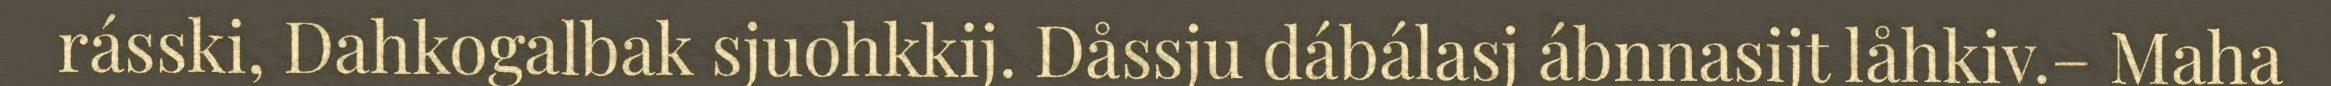
rásski, Dahkogalbak sjuohkkij. Dåssju dábálasj ábnnasijt låhkiv.– Maha